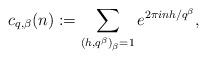
LaTeX: \begin{align*}c_{q,\beta }(n) := \sum\limits_{{{(h,{q^\beta })}_\beta } = 1} {{e^{2\pi inh/{q^\beta }}}}, \end{align*}